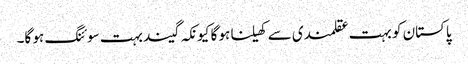
پاکستان کو بہت عقلمندی سے کھیلنا ہو گا کیونکہ گیند بہت سوئنگ ہو گا۔